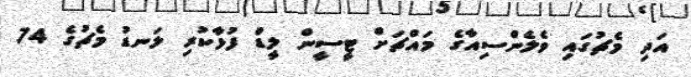
އަދި މެޗުގައި ވެލެންސިއާގެ މައްޗަށް ޓީސީން ލީޑް ފުޅާކުރި ލަނޑު މެޗުގެ 74